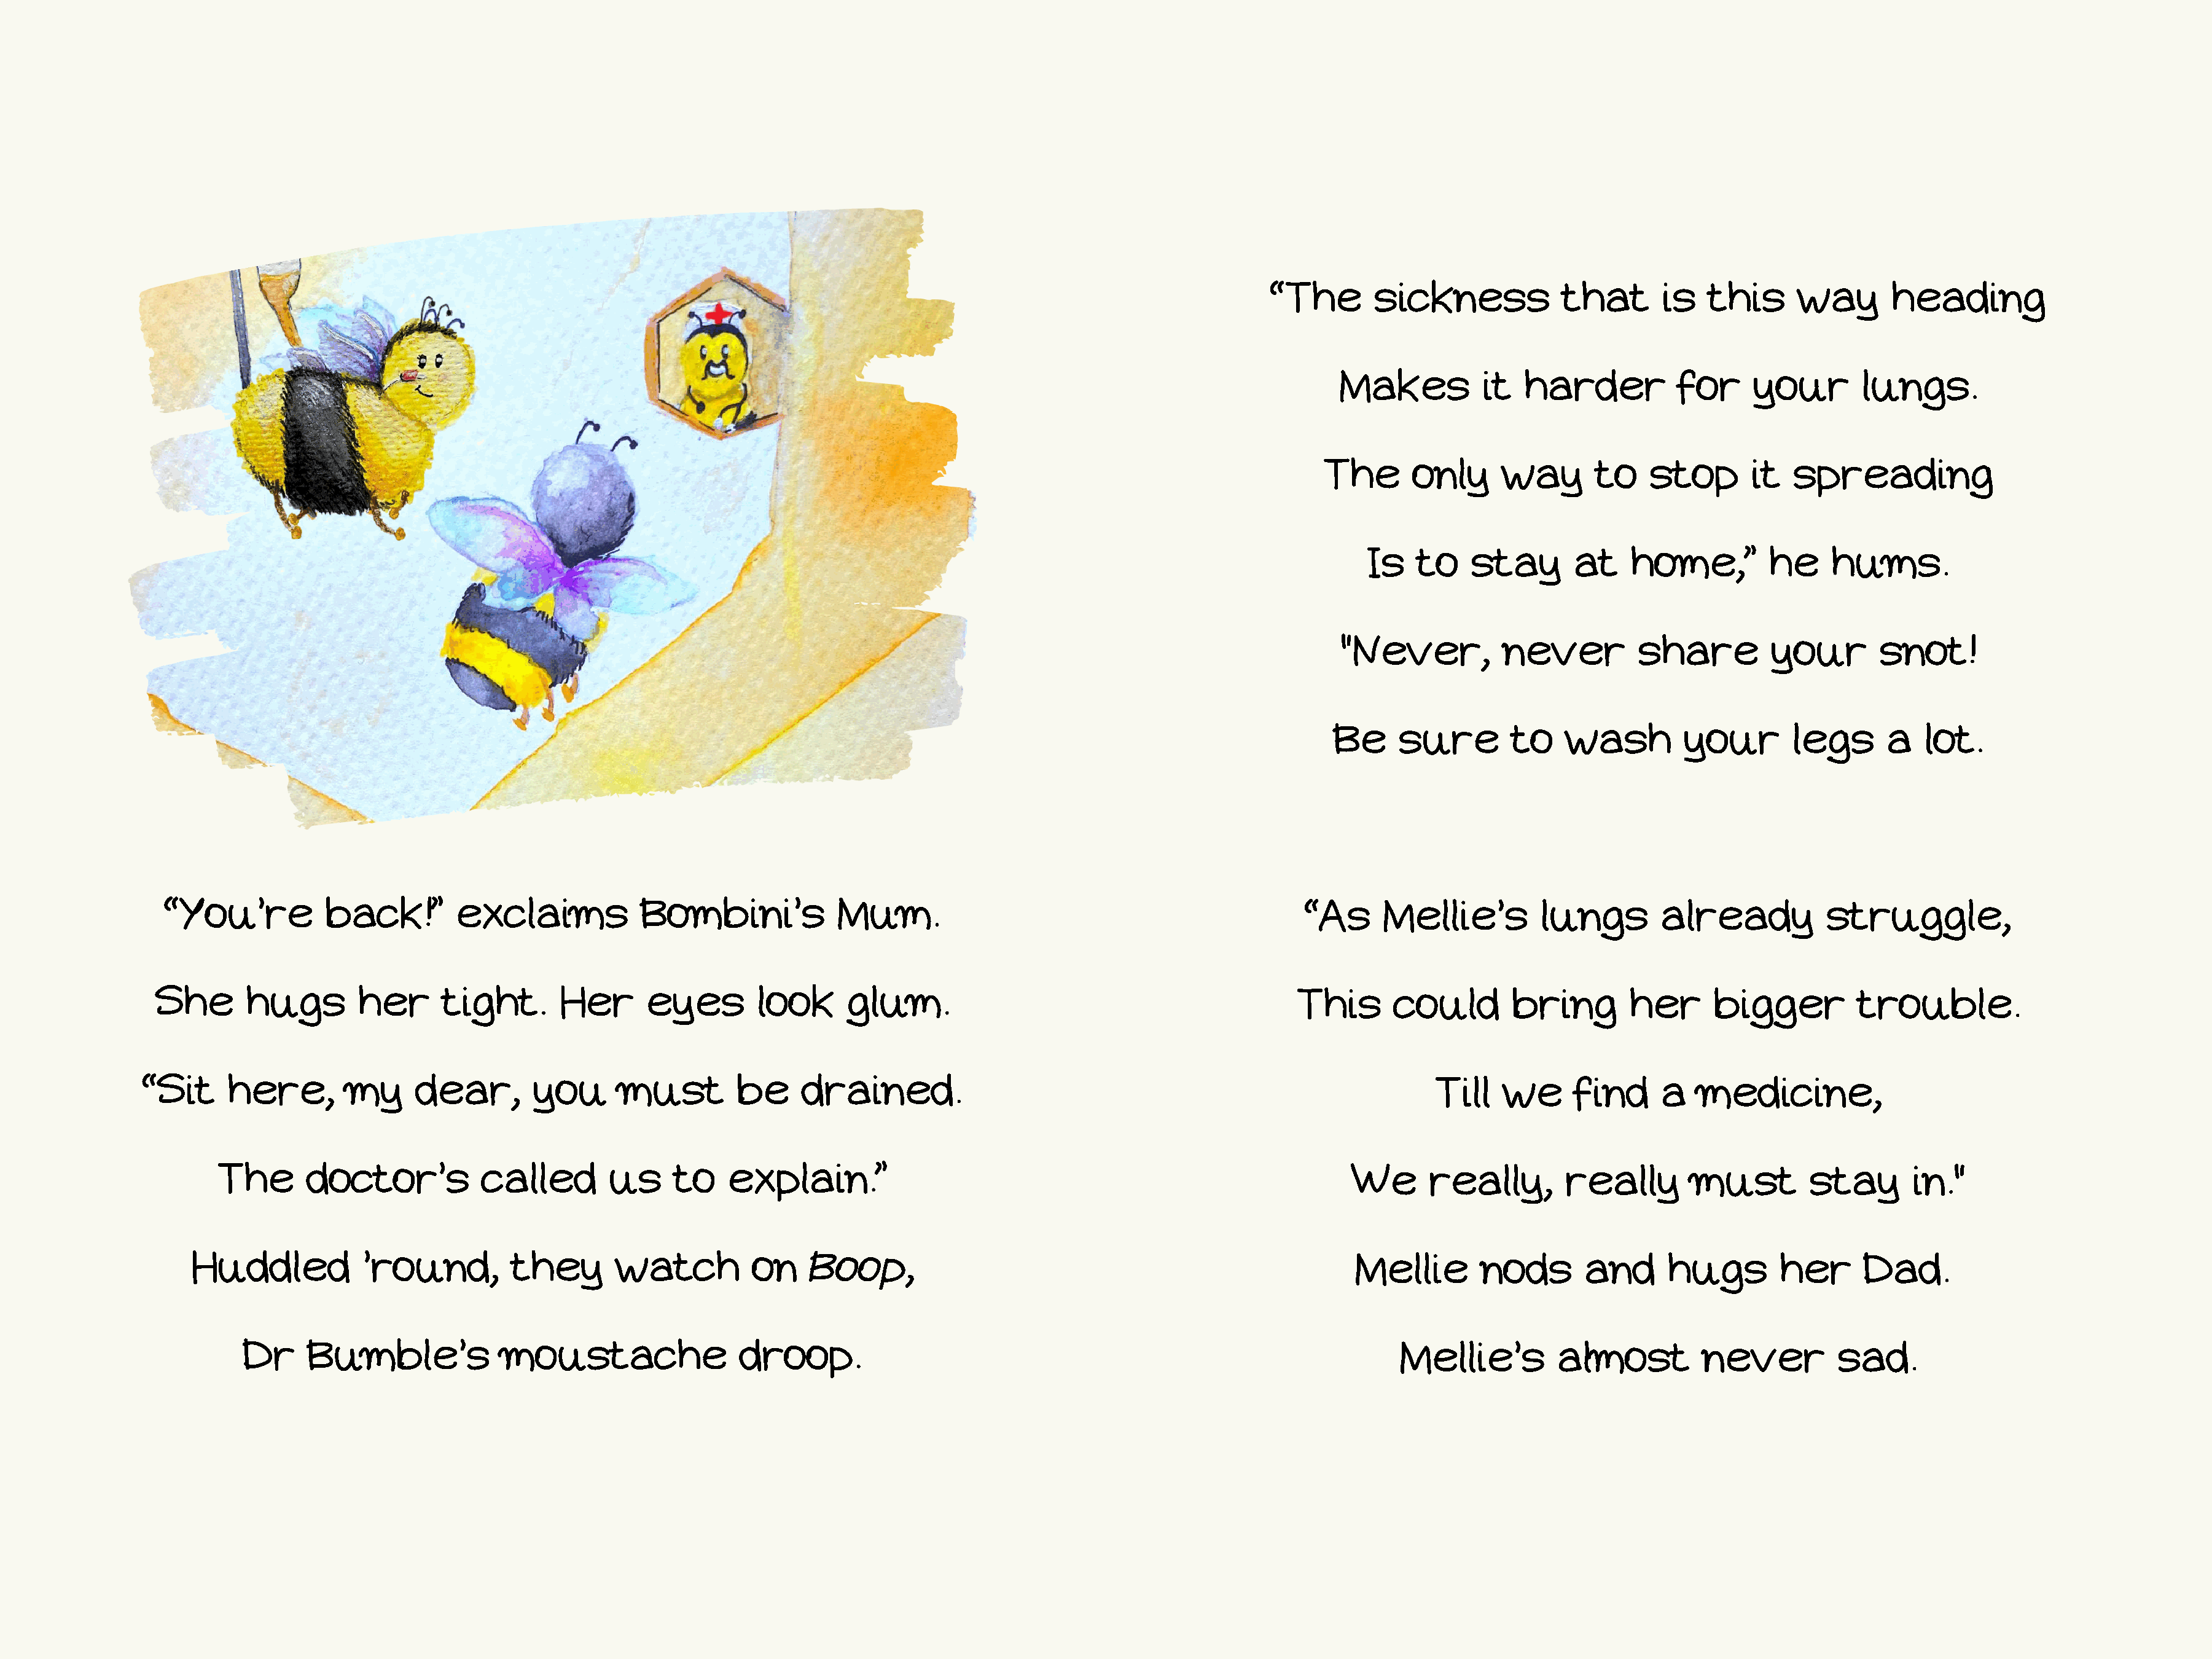
“The       sickness            that       is   this      way       heading
 Makes           it  harder           for     your        lungs.
 The      only      way       to    stop       it  spreading
 Is    to    stay       at    home,”         he    hums.
 "Never,           never          share         your        snot!
 Be     sure        to    wash        your        legs      a   lot.
 “You’re          back!”        exclaims            Bombini’s            Mum.                                               “As     Mellie’s         lungs        already           struggle,
 She       hugs        her      tight.      Her       eyes        look     glum.                                            This      could        bring        her      bigger         trouble.
 “Sit      here,       my      dear,       you       must        be     drained.                                                             Till   we      find     a   medicine,
 The       doctor’s           called        us     to   explain.”                                                           We      really,        really       must         stay       in."
 Huddled           ’round,         they       watch          on    Boop,                                                      Mellie        nods       and      hugs        her      Dad.
 Dr     Bumble’s             moustache                 droop.                                                                 Mellie’s         almost         never          sad.